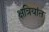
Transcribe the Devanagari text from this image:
क्षत्रियांत